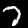
Label: 7